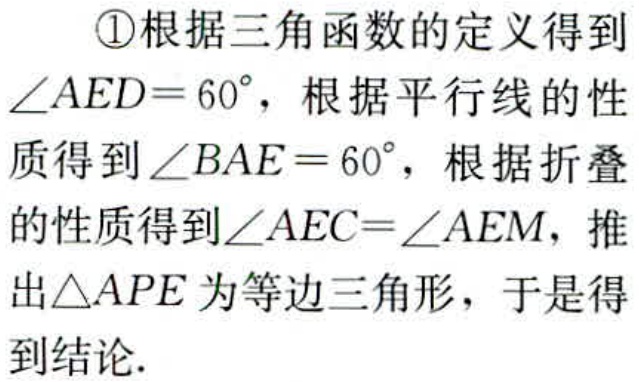
\textcircled{1}根据三角函数的定义得到$\angle AED = 60^{\circ}$，根据平行线的性质得到$\angle BAE = 60^{\circ}$，根据折叠的性质得到$\angle AEC=\angle AEM$，推出$\triangle APE$为等边三角形，于是得到结论.